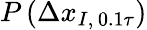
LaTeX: P\left(\Delta x_{I,\, 0.1\tau}\right)